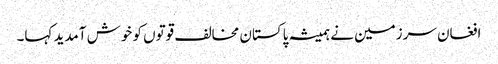
افغان سرزمین نے ہمیشہ پاکستان مخالف قوتوں کو خوش آمدید کہا۔